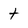
Character: t